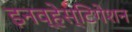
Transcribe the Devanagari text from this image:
इनव्हेस्टिगेशन